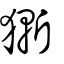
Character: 獑